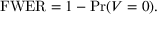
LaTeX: \mathrm { F W E R } = 1 - \operatorname* { P r } ( V = 0 ) .